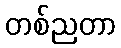
တစ်ညတာ